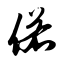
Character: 偌